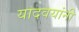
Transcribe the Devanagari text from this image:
यादवयांनी